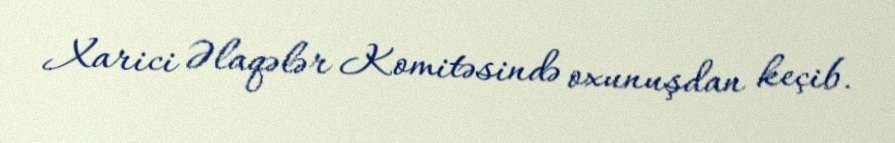
Xarici Əlaqələr Komitəsində oxunuşdan keçib.